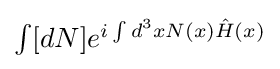
{\textstyle \int [dN]e^{i\int d^{3}xN(x){\hat {H}}(x)}}